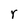
Character: r